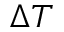
\Delta T